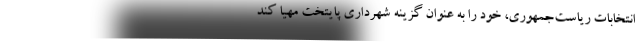
انتخابات ریاست‌جمهوری، خود را به عنوان گزینه شهرداری پایتخت مهیا کند